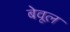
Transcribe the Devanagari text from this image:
बेवूल